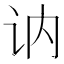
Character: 讷